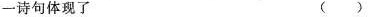
一诗句体现了 ( )